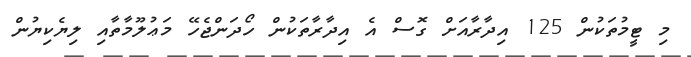
މި ޓީމުތަކުން 125 އިދާރާއަށް ގޮސް އެ އިދާރާތަކުން ހޯދަންޖެހޭ މަޢުލޫމާތާއި ލިޔެކިޔުން